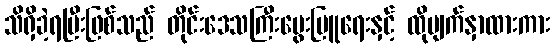
သိရှိခဲ့ရပြီးဖြစ်သည် တိုင်းဒေသကြီးမွေးမြူရေးနှင့် ထိုမျက်နှာထားကား